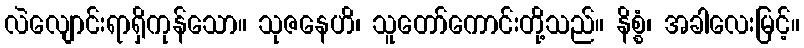
လဲလျောင်းရာရှိကုန်သော။ သုဇနေဟိ၊ သူတော်ကောင်းတို့သည်။ နိစ္စံ၊ အခါလေးမြင့်။